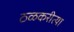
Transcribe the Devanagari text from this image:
ठळकरीत्या